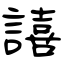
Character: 譆